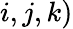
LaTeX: i,j,k)